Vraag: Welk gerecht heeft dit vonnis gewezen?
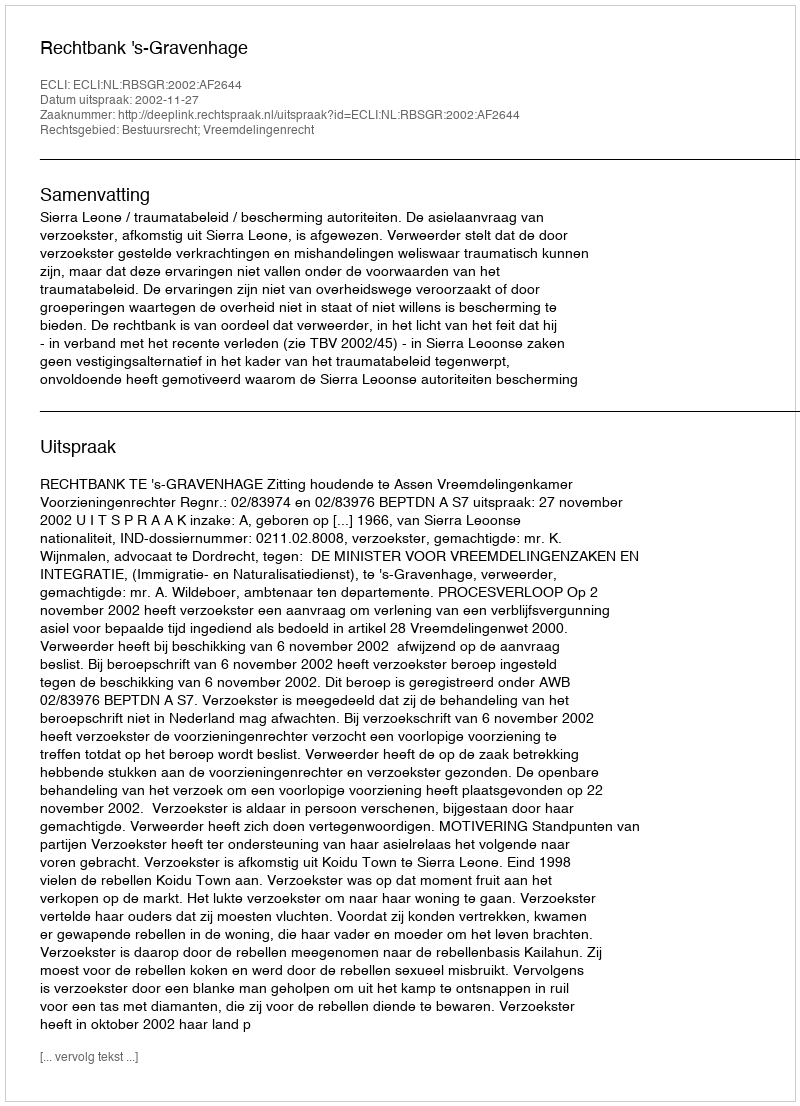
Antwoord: Rechtbank 's-Gravenhage